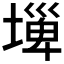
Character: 𡐕